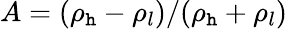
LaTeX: A=(\rho_{\mathtt{h}}-\rho_{l})/(\rho_{\mathtt{h}}+\rho_{l})